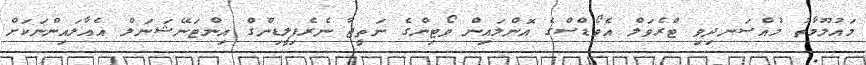
މައުލޫމާތު މުއްސަނދިވި ޓްރެވަލް އެވޯޑްސްގެ އޮންލައިން ވޯޓިންގެ ނަތީޖާ ނެރެފިލީޑިންގް އިންޓަނޭޝަނަލް އެއާލައިންނަކަށް